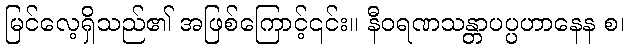
မြင်လေ့ရှိသည်၏ အဖြစ်ကြောင့်၎င်း။ နီဝရဏသန္တာပပ္ပဟာနေန စ၊